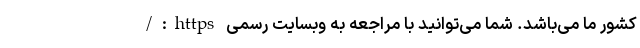
کشور ما می­‌باشد. شما می‌­توانید با مراجعه به وبسایت رسمی https:/